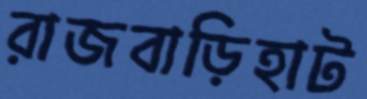
রাজবাড়িহাট